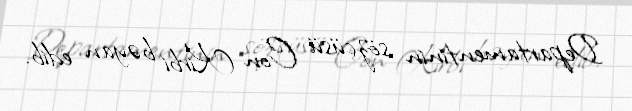
Departamentinin sözçüsü Con Kirbi bəyan edib.